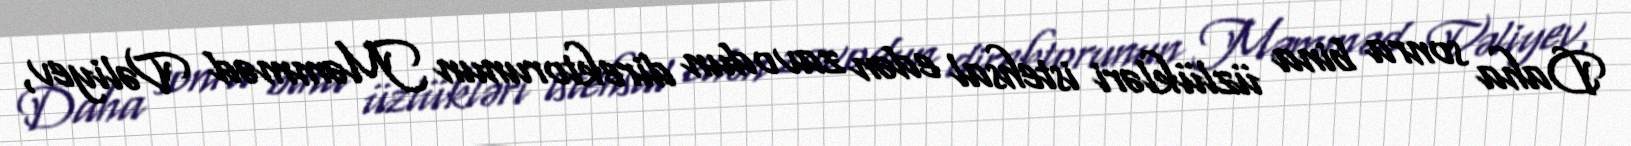
Daha sonra bina üzlükləri istehsal edən zavodun direktorunun Məmməd Vəliyev,